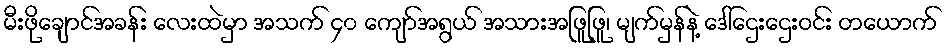
မီးဖိုချောင်အခန်း လေးထဲမှာ အသက် ၄၀ ကျော်အရွယ် အသားအဖြူဖြူ၊ မျက်မှန်နဲ့ ဒေါ်ဌေးဌေးဝင်း တယောက်